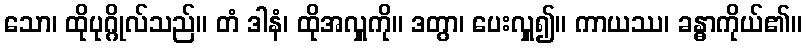
သော၊ ထိုပုဂ္ဂိုလ်သည်။ တံ ဒါနံ၊ ထိုအလှူကို။ ဒတွာ၊ ပေးလှူ၍။ ကာယဿ၊ ခန္ဓာကိုယ်၏။